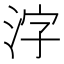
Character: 𬇤